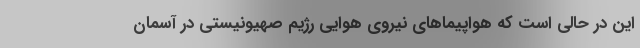
این در حالی است که هواپیماهای نیروی هوایی رژیم صهیونیستی در آسمان